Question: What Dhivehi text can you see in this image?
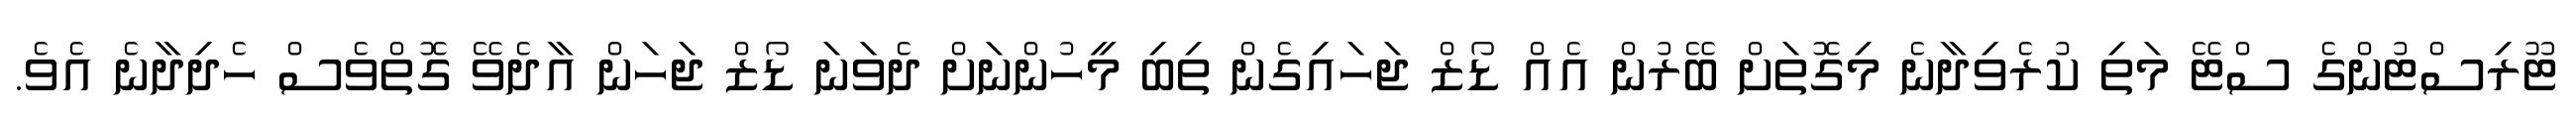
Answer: ޓޫރިސްޓުންގެ ސްޓޭ މަތި ކުރެވިދާނެ މިގޮތަށް ބޭރުން އެއް ޑޯޒް ޖަހައިގެން ތިބި މީހުންނަށް ދެވަނަ ޑޯޒް ޖަހަން އާދެވޭ ގޮތްވެސް ހެދިދާނެ އެވެ.